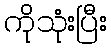
ကိုသုံးပြီး